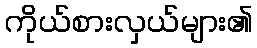
ကိုယ်စားလှယ်များ၏